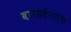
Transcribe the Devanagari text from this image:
बारहवेंराशि